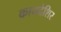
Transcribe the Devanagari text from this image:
कायदेशिर